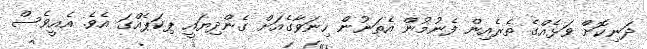
ދަނިކޮށް ވަޅެއްގެ ތެރެއިން ފެނުމުން އެތަނުން ހިނަވާގެއަށް ގެންދިޔައީ ޕިކަޕެއްގަ އެވެ. އެއީވެސް